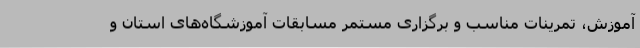
آموزش، تمرینات مناسب و برگزاری مستمر مسابقات آموزشگاه‌های استان و